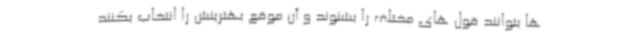
ها بتوانند قول های مختلف را بشنوند و آن موقع بهترینش را انتخاب بکنند